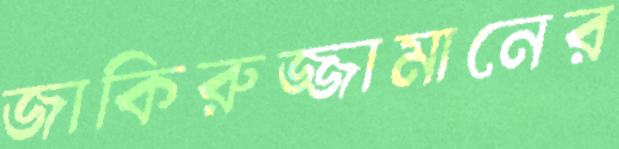
জাকিরুজ্জামানের